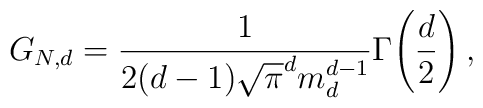
G_{N,d}=\frac{1}{2(d-1)\sqrt{\pi}^d m_d^{d-1}}\Gamma\!\left(\frac{d}{2}\right),